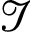
\mathscr { I }